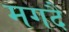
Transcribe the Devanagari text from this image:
मगदै